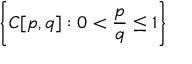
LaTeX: \left\{ C [ p , q ] : 0 < { \frac { p } { q } } \leq 1 \right\}